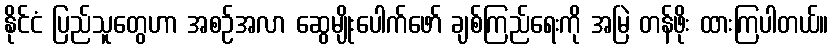
နိုင်ငံ ပြည်သူတွေဟာ အစဉ်အလာ ဆွေမျိုးပေါက်ဖော် ချစ်ကြည်ရေးကို အမြဲ တန်ဖိုး ထားကြပါတယ်။